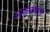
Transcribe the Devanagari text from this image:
आपल्याकरता